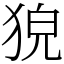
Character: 㹸